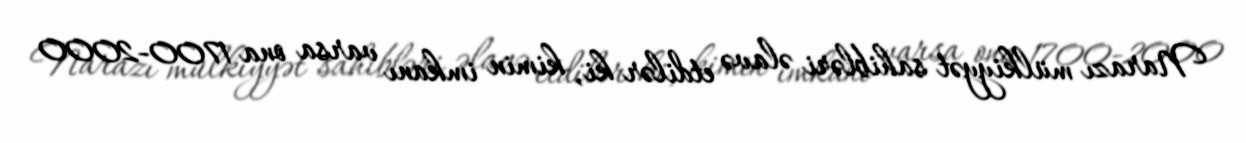
Narazı mülkiyyət sahibləri əlavə etdilər ki, kimin imkanı varsa ona 1700-2000